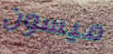
ميسون